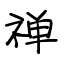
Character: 禅